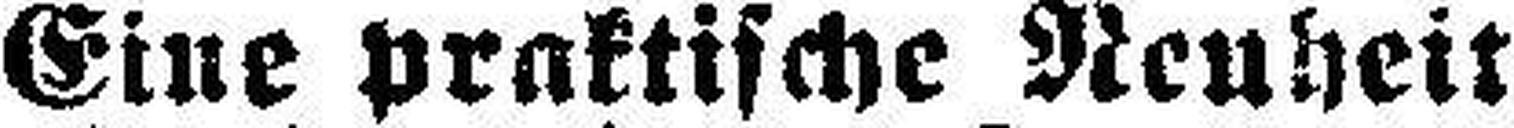
Eine praktische Neuheit